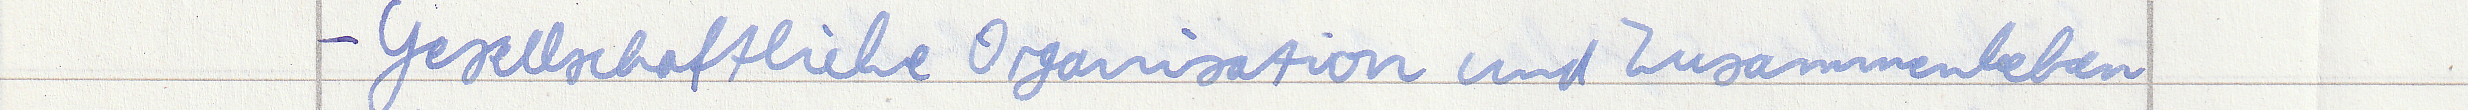
- Gesellschaftliche Organisation und Zusammenleben